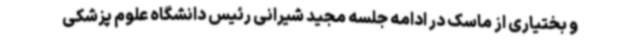
و بختیاری از ماسک در ادامه جلسه مجید شیرانی رئیس دانشگاه علوم پزشکی